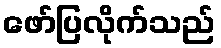
ဖော်ပြလိုက်သည်